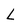
Character: L